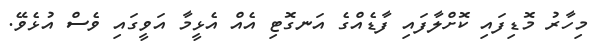
މިހާރު މޮޑިފައި ކޮށްލާފައި ފާޑެއްގެ އަނގޮޓި އެއް އެޅީމާ އަވީގައި ވެސް އުޅެވޭ.